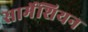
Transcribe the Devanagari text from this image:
सार्मेशियन